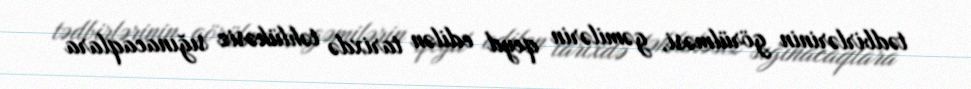
tədbirlərinin görülməsi, gəmilərin qeyd edilən tarixdə təhlükəsiz sığınacaqlara